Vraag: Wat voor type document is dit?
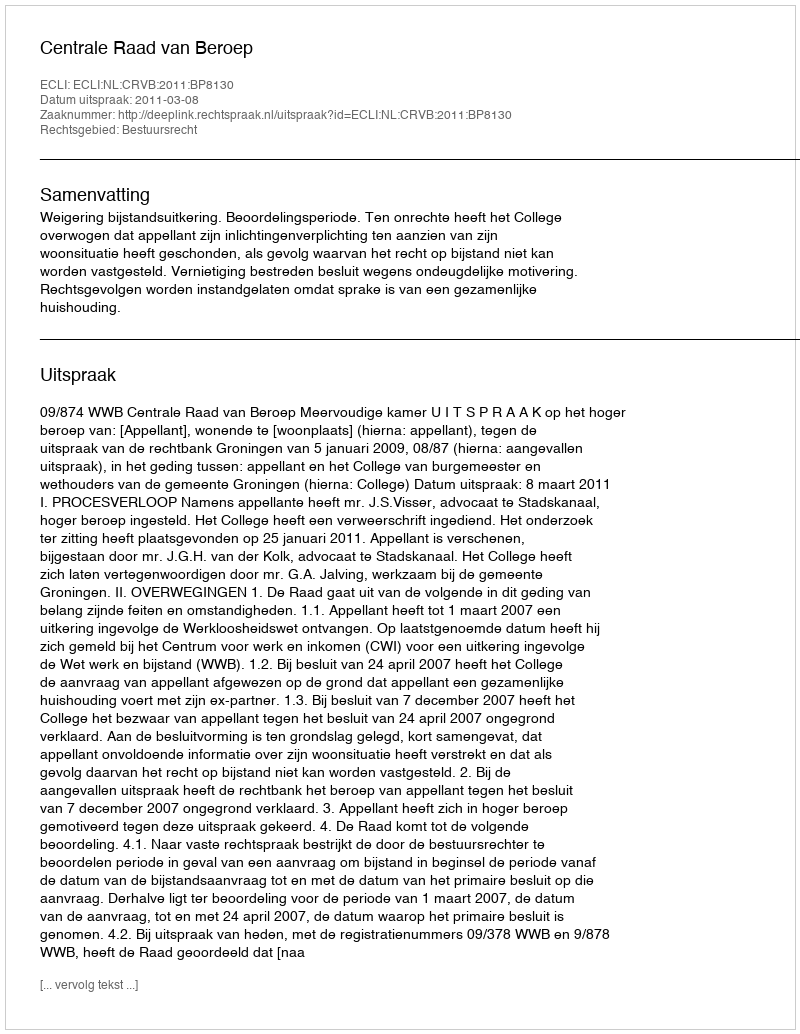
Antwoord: Uitspraak